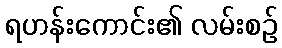
ရဟန်းကောင်း၏ လမ်းစဉ်